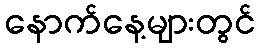
နောက်နေ့များတွင်